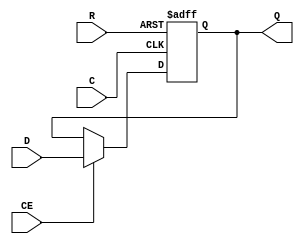
// This program was cloned from: https://github.com/buncram/cram-soc
// License: CERN Open Hardware Licence Version 2 - Weakly Reciprocal

module fdre_cosim(
    output wire Q,
    input wire R,
    input wire C,
    input wire CE,
    input wire D
);

    reg inner_Q;
    // force the asic synthesis tool to infer an async, active-low reset FF
    always @(posedge C or posedge R) begin
        if(R) begin
            inner_Q <= 0;
        end else begin
            if(CE) begin
                inner_Q <= D;
            end else begin
                inner_Q <= Q;
            end
        end
    end
    assign Q = inner_Q;

endmodule